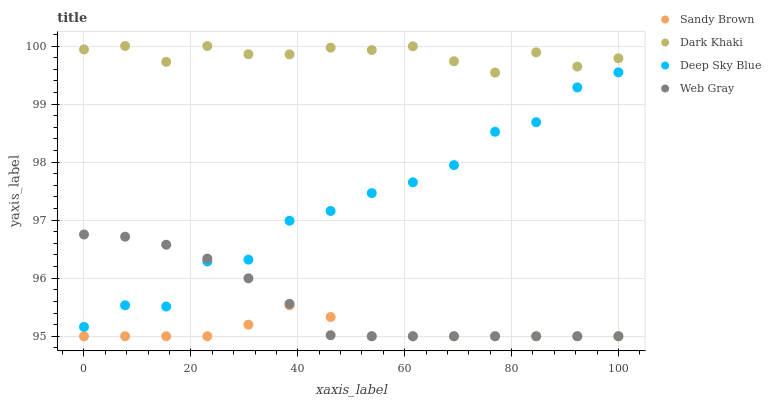
| xaxis_label | Sandy Brown | Dark Khaki | Deep Sky Blue | Web Gray |
 | --- | --- | --- | --- | --- |
 | 0 | 95 | 99.9 | 95.2 | 96.8 |
 | 7.69 | 95 | 100 | 95.5 | 96.7 |
 | 15.4 | 95 | 99.7 | 95.5 | 96.6 |
 | 23.1 | 95 | 100 | 96.3 | 96.3 |
 | 30.8 | 95.2 | 99.9 | 96.3 | 96 |
 | 38.5 | 95.5 | 99.9 | 97 | 95.6 |
 | 46.2 | 95.3 | 100 | 97.2 | 95 |
 | 53.8 | 95 | 99.9 | 97.5 | 95 |
 | 61.5 | 95 | 100 | 97.7 | 95 |
 | 69.2 | 95 | 99.7 | 97.9 | 95 |
 | 76.9 | 95 | 99.5 | 98.5 | 95 |
 | 84.6 | 95 | 99.9 | 98.7 | 95 |
 | 92.3 | 95 | 99.6 | 99.3 | 95 |
 | 100 | 95 | 99.8 | 99.5 | 95 |